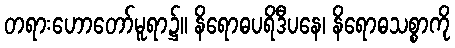
တရားဟောတော်မူရာ၌။ နိရောဓပရိဒီပနေ၊ နိရောဓသစ္စာကို